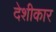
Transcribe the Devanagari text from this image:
देशीकार